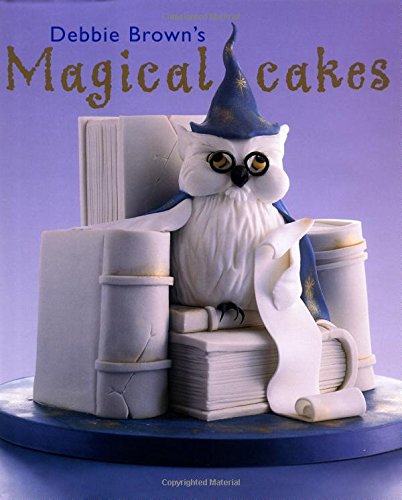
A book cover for Debbie Brown's Magical Cakes; Debbie Brown; Cookbooks, Food & Wine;